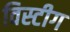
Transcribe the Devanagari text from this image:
विस्टीग